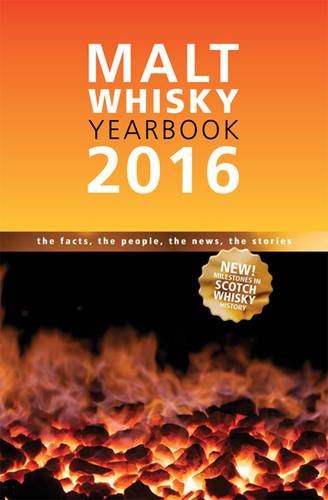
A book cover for Malt Whisky Yearbook 2016; Ingvar Ronde; Reference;